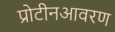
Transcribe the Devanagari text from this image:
प्रोटीनआवरण